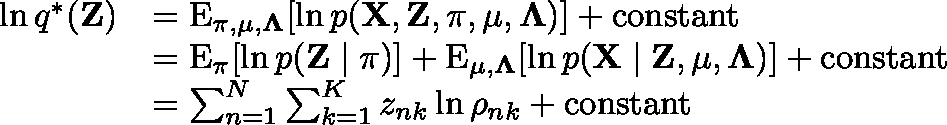
{ \begin{array} { r l } { \ln q ^ { * } ( \mathbf { Z } ) } & { = \operatorname { E } _ { \mathbf { \pi } , \mathbf { \mu } , \mathbf { \Lambda } } [ \ln p ( \mathbf { X } , \mathbf { Z } , \mathbf { \pi } , \mathbf { \mu } , \mathbf { \Lambda } ) ] + { \mathrm { c o n s t a n t } } } \\ & { = \operatorname { E } _ { \mathbf { \pi } } [ \ln p ( \mathbf { Z } \mid \mathbf { \pi } ) ] + \operatorname { E } _ { \mathbf { \mu } , \mathbf { \Lambda } } [ \ln p ( \mathbf { X } \mid \mathbf { Z } , \mathbf { \mu } , \mathbf { \Lambda } ) ] + { \mathrm { c o n s t a n t } } } \\ & { = \sum _ { n = 1 } ^ { N } \sum _ { k = 1 } ^ { K } z _ { n k } \ln \rho _ { n k } + { \mathrm { c o n s t a n t } } } \end{array} }